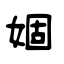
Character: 婟